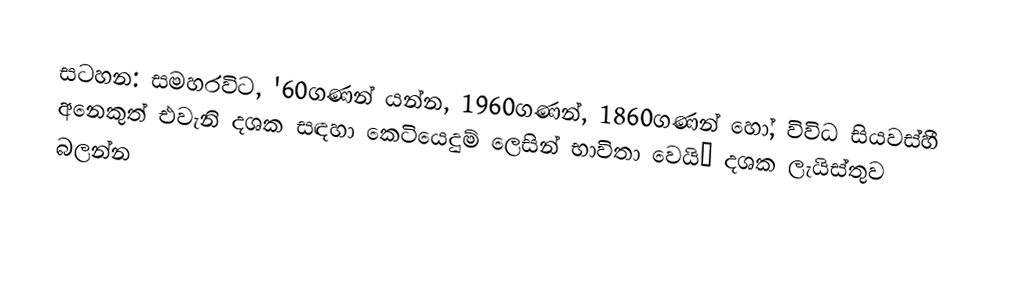
සටහන: සමහරවිට,  '60ගණන් යන්න, 1960ගණන්, 1860ගණන් හෝ, විවිධ සියවස්හී අනෙකුත් එවැනි දශක සඳහා කෙටියෙදුම් ලෙසින් භාවිතා වෙයි– දශක ලැයිස්තුව බලන්න